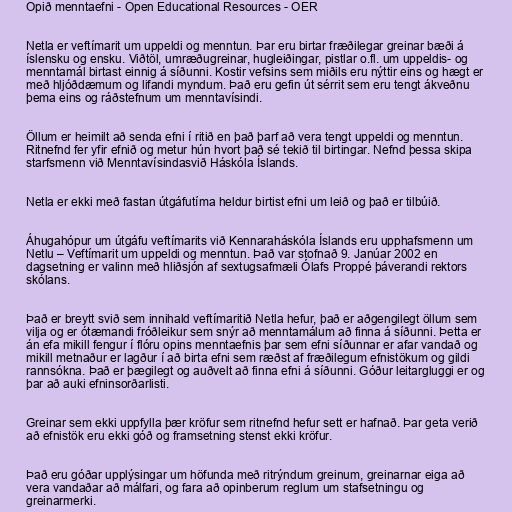
Opið menntaefni - Open Educational Resources - OER

Netla er veftímarit um uppeldi og menntun. Þar eru birtar fræðilegar greinar bæði á
íslensku og ensku. Viðtöl, umræðugreinar, hugleiðingar, pistlar o.fl. um uppeldis- og
menntamál birtast einnig á síðunni. Kostir vefsins sem miðils eru nýttir eins og hægt er
með hljóðdæmum og lifandi myndum. Það eru gefin út sérrit sem eru tengt ákveðnu
þema eins og ráðstefnum um menntavísindi.

Öllum er heimilt að senda efni í ritið en það þarf að vera tengt uppeldi og menntun.
Ritnefnd fer yfir efnið og metur hún hvort það sé tekið til birtingar. Nefnd þessa skipa
starfsmenn við Menntavísindasvið Háskóla Íslands.

Netla er ekki með fastan útgáfutíma heldur birtist efni um leið og það er tilbúið.

Áhugahópur um útgáfu veftímarits við Kennaraháskóla Íslands eru upphafsmenn um
Netlu – Veftímarit um uppeldi og menntun. Það var stofnað 9. Janúar 2002 en
dagsetning er valinn með hliðsjón af sextugsafmæli Ólafs Proppé þáverandi rektors
skólans.

Það er breytt svið sem innihald veftímaritið Netla hefur, það er aðgengilegt öllum sem
vilja og er ótæmandi fróðleikur sem snýr að menntamálum að finna á síðunni. Þetta er
án efa mikill fengur í flóru opins menntaefnis þar sem efni síðunnar er afar vandað og
mikill metnaður er lagður í að birta efni sem ræðst af fræðilegum efnistökum og gildi
rannsókna. Það er þægilegt og auðvelt að finna efni á síðunni. Góður leitargluggi er og
þar að auki efninsorðarlisti.

Greinar sem ekki uppfylla þær kröfur sem ritnefnd hefur sett er hafnað. Þar geta verið
að efnistök eru ekki góð og framsetning stenst ekki kröfur.

Það eru góðar upplýsingar um höfunda með ritrýndum greinum, greinarnar eiga að
vera vandaðar að málfari, og fara að opinberum reglum um stafsetningu og
greinarmerki.